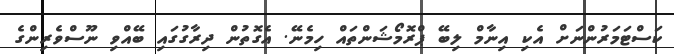
ކަސްޓަމަރުންނަށް އެކި އިނާމް ލިބޭ ޕްރޮމޯޝަންތައް ހިމެނޭ. އެގޮތުން ދިރާގުގައި ބޭއްވި ނޫސްވެރިންގެ